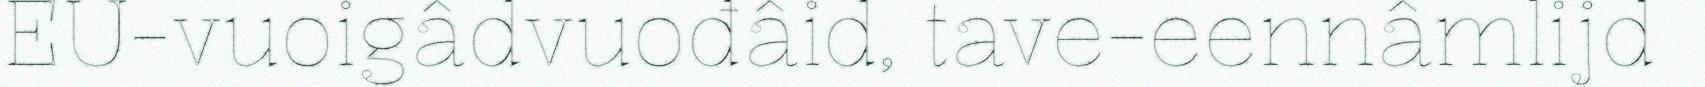
EU-vuoigâdvuođâid, tave-eennâmlijd